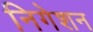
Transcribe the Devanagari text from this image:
निगेशन